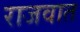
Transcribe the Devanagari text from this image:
राजवात